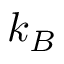
k _ { B }